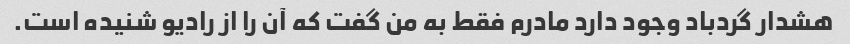
هشدار گردباد وجود دارد مادرم فقط به من گفت که آن را از رادیو شنیده است.